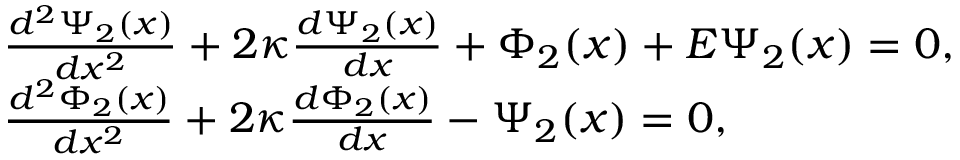
\begin{array} { r l } & { \frac { { { d ^ { 2 } } \Psi _ { 2 } ( x ) } } { { d { x ^ { 2 } } } } + 2 \kappa \frac { { d \Psi _ { 2 } ( x ) } } { { d x } } + \Phi _ { 2 } ( x ) + E \Psi _ { 2 } ( x ) = 0 , } \\ & { \frac { { { d ^ { 2 } } \Phi _ { 2 } ( x ) } } { { d { x ^ { 2 } } } } + 2 \kappa \frac { { d \Phi _ { 2 } ( x ) } } { { d x } } - \Psi _ { 2 } ( x ) = 0 , } \end{array}